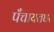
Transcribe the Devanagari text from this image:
पँचायतघर